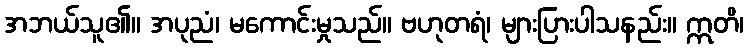
အဘယ်သူ၏။ အပုညံ၊ မကောင်းမှုသည်။ ဗဟုတရံ၊ များပြားပါသနည်း။ ဣတိ၊